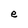
Character: e